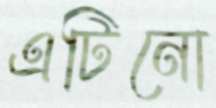
এটিনো